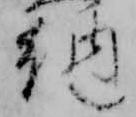
納